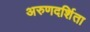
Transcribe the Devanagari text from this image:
अरुणदर्शिता